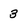
Character: 3